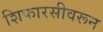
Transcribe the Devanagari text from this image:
शिफारसीवरून